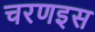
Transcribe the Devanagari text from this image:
चरणइस